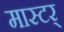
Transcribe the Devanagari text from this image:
मास्टर्